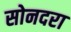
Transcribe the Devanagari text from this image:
सोनदरा